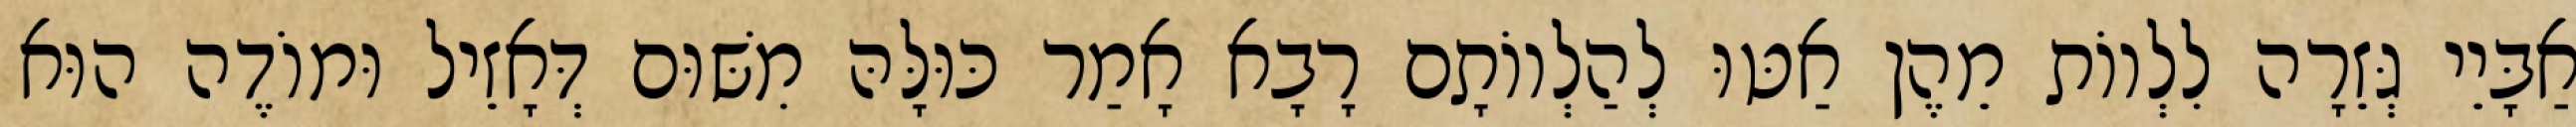
אַבָּיֵי גְּזֵרָה לִלְווֹת מֵהֶן אַטּוּ לְהַלְווֹתָם רָבָא אָמַר כּוּלָּהּ מִשּׁוּם דְּאָזֵיל וּמוֹדֶה הוּא